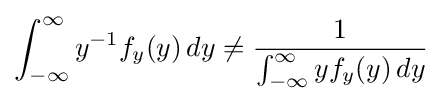
\int _{-\infty }^{\infty }y^{-1}f_{y}(y)\,dy\neq {\frac {1}{\int _{-\infty }^{\infty }yf_{y}(y)\,dy}}